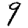
Digit: 9